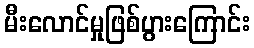
မီးလောင်မှုဖြစ်ပွားကြောင်း